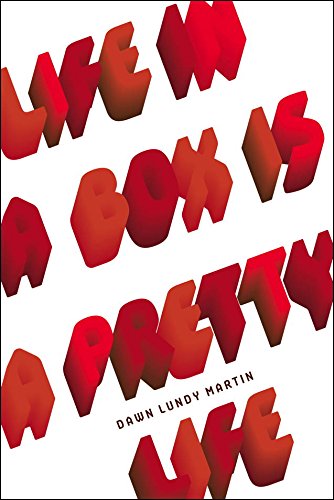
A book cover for Life in a Box is a Pretty Life; Dawn Lundy Martin; Literature & Fiction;